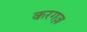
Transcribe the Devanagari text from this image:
करगज़